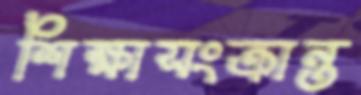
শিক্ষাসংক্রান্ত